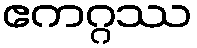
ဧကဂ္ဂဿ